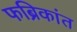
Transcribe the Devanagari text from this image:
फब्रिकांत